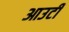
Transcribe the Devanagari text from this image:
आउटी